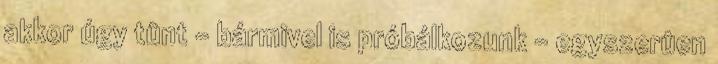
akkor úgy tûnt – bármivel is próbálkozunk – egyszerûen